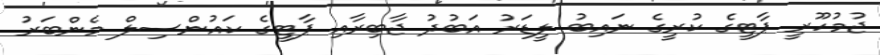
ޖުމުހޫރީ ޕާޓީގެ ކުރީގެ ނައިބު ލީޑަރު އަބުދު ޖާބިރާއި ޕާޓީގެ ކައުންސިލް މެންބަރު